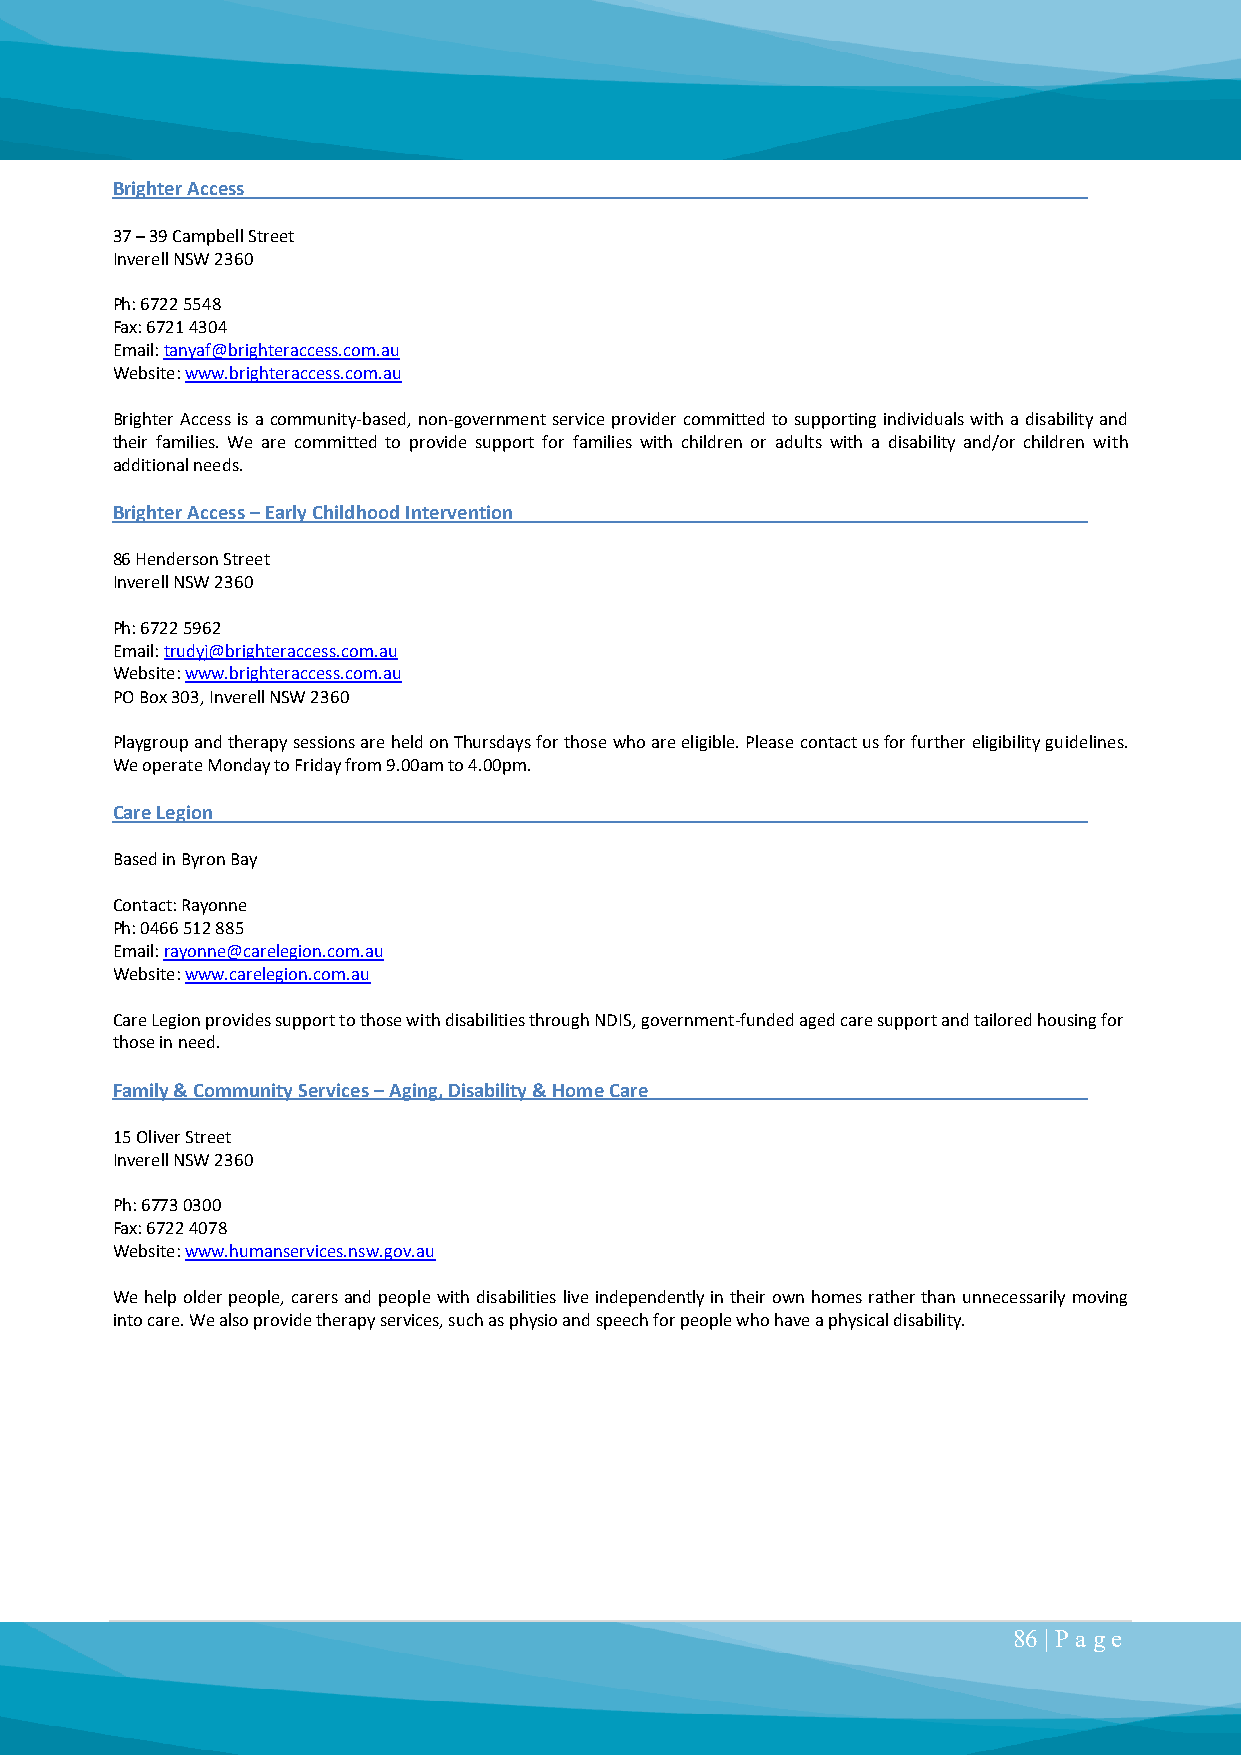
Brighter Access
 37 – 39 Campbell Street
 Inverell NSW 2360
 Ph: 6722 5548
 Fax: 6721 4304
 Email: tanyaf@brighteraccess.com.au
 Website: www.brighteraccess.com.au
 Brighter Access is a community-based, non-government service provider committed to supporting individuals with a disability and
 their families. We are committed to provide support for families with children or adults with a disability and/or children with
 additional needs.
 Brighter Access – Early Childhood Intervention
 86 Henderson Street
 Inverell NSW 2360
 Ph: 6722 5962
 Email: trudyj@brighteraccess.com.au
 Website: www.brighteraccess.com.au
 PO Box 303, Inverell NSW 2360
 Playgroup and therapy sessions are held on Thursdays for those who are eligible. Please contact us for further eligibility guidelines.
 We operate Monday to Friday from 9.00am to 4.00pm.
 Care Legion
 Based in Byron Bay
 Contact: Rayonne
 Ph: 0466 512 885
 Email: rayonne@carelegion.com.au
 Website: www.carelegion.com.au
 Care Legion provides support to those with disabilities through NDIS, government-funded aged care support and tailored housing for
 those in need.
 Family & Community Services – Aging, Disability & Home Care
 15 Oliver Street
 Inverell NSW 2360
 Ph: 6773 0300
 Fax: 6722 4078
 Website: www.humanservices.nsw.gov.au
 We help older people, carers and people with disabilities live independently in their own homes rather than unnecessarily moving
 into care. We also provide therapy services, such as physio and speech for people who have a physical disability.
 86 | P a ge